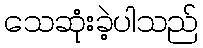
သေဆုံးခဲ့ပါသည်